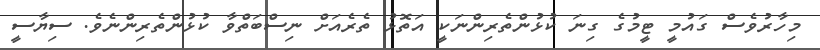
މިހާރުވެސް ގައުމީ ޓީމުގެ ގިނަ ކުޅުންތެރިންނަކީ އަތޮޅު ތެރެއަށް ނިސްބަތްވާ ކުޅުންތެރިންނެވެ. ސިޔާސީ